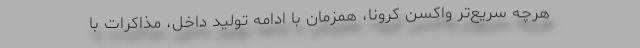
هرچه سریع‌تر واکسن کرونا، همزمان با ادامه تولید داخل، مذاکرات با